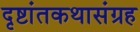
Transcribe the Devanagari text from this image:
दृष्टांतकथासंग्रह